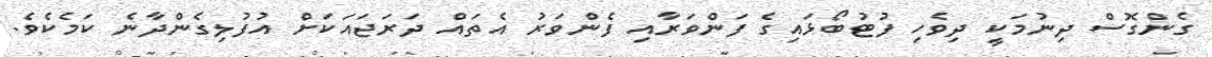
ގެންގޮސް ދިނުމަކީ ދިވެހި ފުޓުބޯޅައިގެ ފަންވަރާއި ފެންވަރު އެތައް ދަރަޖައަކަށް އުފުލިގެންދާނެ ކަމެކެވެ.